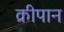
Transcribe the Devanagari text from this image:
क्रीपान